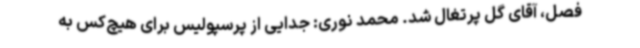
فصل، آقای گل پرتغال شد. محمد نوری: جدایی از پرسپولیس برای هیچ‌کس به